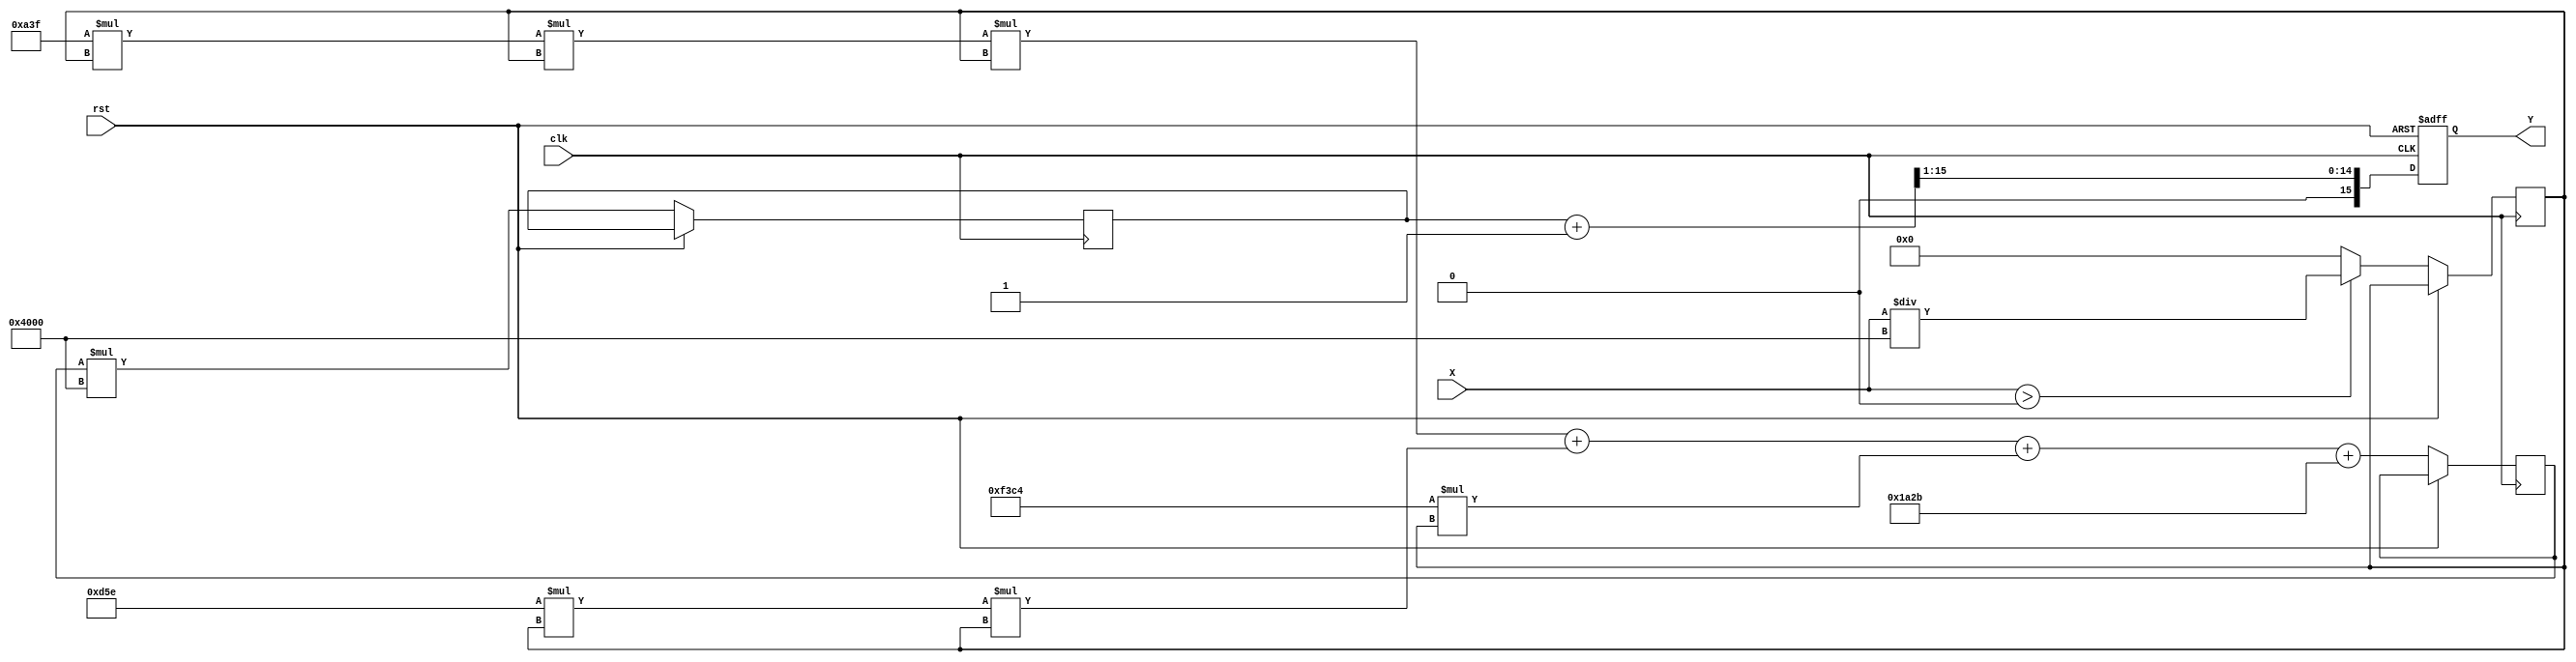
module poly_approx_reciprocal (
    input wire [15:0] X,      // Input value (fixed-point, 16-bit)
    output reg [15:0] Y,      // Output value (reciprocal, fixed-point, 16-bit)
    input wire clk,           // Clock signal
    input wire rst            // Reset signal
);

    // Polynomial coefficients for approximation (example coefficients)
    parameter C0 = 16'h1A2B; // Coefficient for x^0
    parameter C1 = 16'hF3C4; // Coefficient for x^1
    parameter C2 = 16'h0D5E; // Coefficient for x^2
    parameter C3 = 16'h0A3F; // Coefficient for x^3

    // Normalization factor (example)
    parameter NORM_FACTOR = 16'h4000; // Normalization to [0.5, 1.0]

    // Internal signals
    reg [15:0] normalized_X;
    reg [15:0] poly_result;
    reg [15:0] scaled_result;

    // Polynomial evaluation using Horner's method
    always @(posedge clk or posedge rst) begin
        if (rst) begin
            Y <= 16'h0000; // Reset output
        end else begin
            // Normalize input
            if (X > 0) begin
                normalized_X <= X / NORM_FACTOR; // Normalize to [0.5, 1.0]
            end else begin
                normalized_X <= 16'h0000; // Handle zero or invalid input
            end

            // Polynomial evaluation: P(x) = C3*x^3 + C2*x^2 + C1*x + C0
            poly_result <= C3 * normalized_X * normalized_X * normalized_X +
                           C2 * normalized_X * normalized_X +
                           C1 * normalized_X +
                           C0;

            // Scale the result back
            scaled_result <= poly_result * NORM_FACTOR;

            // Rounding (simple rounding)
            Y <= (scaled_result + 16'h0001) >> 1; // Right shift for rounding
        end
    end

endmodule